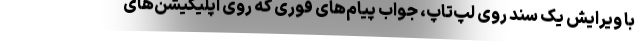
با ویرایش یک سند روی لپ‌تاپ، جواب پیام‌های فوری که روی اپلیکیشن‌های